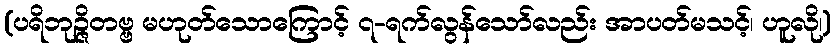
(ပရိဘုဉ္ဇိတဗ္ဗ မဟုတ်သောကြောင့် ၇-ရက်လွန်သော်လည်း အာပတ်မသင့်၊ ဟူလို၊)